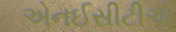
એનઈસીટીએ